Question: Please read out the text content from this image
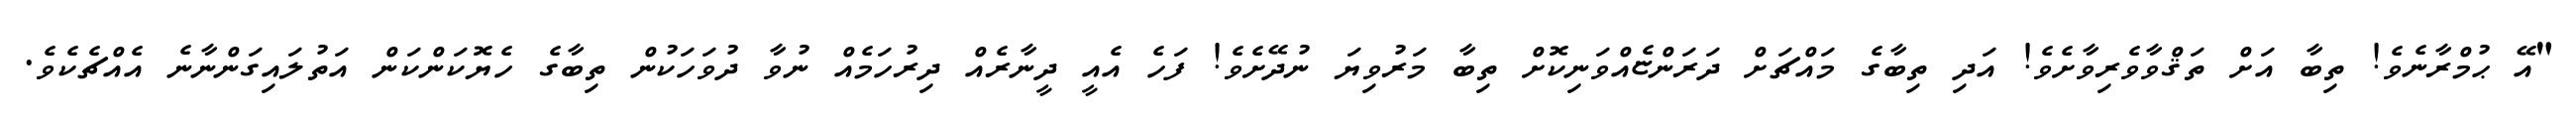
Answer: "އޭ ޙުމްރާނެވެ! ތިބާ އަށް ތަޤްވާވެރިވާށެވެ! އަދި ތިބާގެ މައްޗަށް ދަރަންޏެއްވަނިކޮށް ތިބާ މަރުވިޔަ ނުދޭށެވެ! ފަހެ އެއީ ދީނާރެއް ދިރުހަމެއް ނުވާ ދުވަހަކުން ތިބާގެ ހެޔޮކަންކަން އަތުލައިގަންނާނެ އެއްޗެކެވެ.